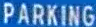
PARKING